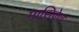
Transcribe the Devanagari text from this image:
मासिकेत